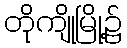
တိုကျိုမြို့၌